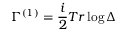
\Gamma ^ { ( 1 ) } = \frac { i } { 2 } T r \log \Delta